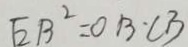
E B ^ { 2 } = O B \cdot C B